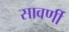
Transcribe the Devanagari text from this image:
सावर्णी